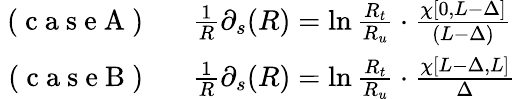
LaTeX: \begin{array}{rl}{\mathrm{~(~c~a~s~e~A~)~}}&{{}~~\frac{1}{R}\partial_{s}(R)=\ln{\frac{R_{t}}{R_{u}}}\cdot\frac{\chi[0,L-\Delta]}{(L-\Delta)}}\\ {\mathrm{~(~c~a~s~e~B~)~}}&{{}~~\frac{1}{R}\partial_{s}(R)=\ln{\frac{R_{t}}{R_{u}}}\cdot\frac{\chi[L-\Delta,L]}{\Delta}}\end{array}